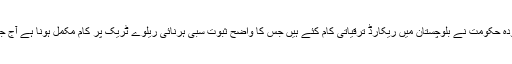
اس سے قبل وزیراعلیٰ بلوچستان نواب ثناء اللہ زہری کا کہنا تھا کہ موجودہ حکومت نے بلوچستان میں ریکارڈ ترقیاتی کام کئے ہیں جس کا واضح ثبوت سبی ہرنائی ریلوے ٹریک پر کام مکمل ہونا ہے آج جمعرات کو وفاقی وزیر ریلوے خواجہ سعد رفیق اس کا افتتاح کریں گے ۔